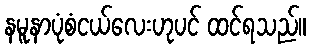
နမူနာပုံစံငယ်လေးဟုပင် ထင်ရသည်။